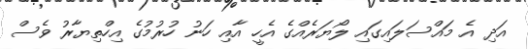
އަދި އެ މައްސަލައިގައި ލޯޔަރެއްގެ އެހީ އާއި ހަނު ހުރުމުގެ އިހްތިޔާރު ވެސް